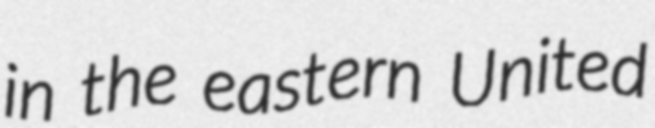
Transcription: in the eastern United